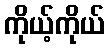
ကိုယ့်ကိုယ်